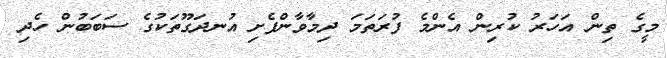
މީގެ ތިން އަހަރު ކުރިން އެންމެ ފުރަތަމަ ދިމާވާންފެށި އުނދަގޫތަކުގެ ސަބަބުން ހެދި